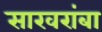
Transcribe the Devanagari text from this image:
साखरांबा